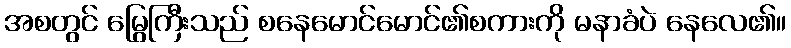
အစတွင် မြွေကြီးသည် စနေမောင်မောင်၏စကားကို မနာခံပဲ နေလေ၏။